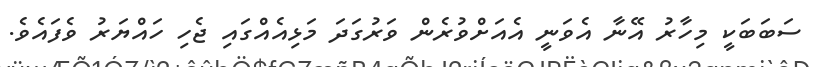
ސަބަބަކީ މިހާރު އޭނާ އެވަނީ އެއަށްވުރެން ވަރުގަދަ މަޅިއެއްގައި ޖެހި ހައްޔަރު ވެފައެވެ.